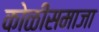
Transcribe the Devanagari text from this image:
कोळीसमाजा